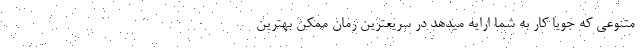
متنوعی که جویا کار به شما ارایه میدهد در سریعترین زمان ممکن بهترین